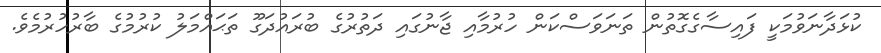
ކުޅަދާނަވުމަކީ ފައިސާގެގޮތުން ތަނަވަސްކަން ހުރުމާއި ޖާނުގައި ދަތުރުގެ ބުރައުދަގޫ ތަޙައްމަލު ކުރުމުގެ ބާރުހުރުމެވެ.